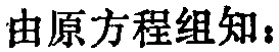
由原方程组知：